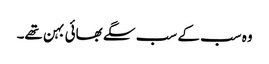
وہ سب کے سب سگے بھائی بہن تھے۔